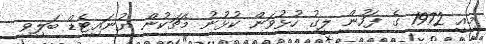
މިއީ 1972 ގެ ފަހުން ލީގު ހުޅުވަން ކުޅުނު މެޗަކުން ޔުނައިޓެޑް ބަލިވި